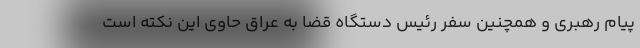
پیام رهبری و همچنین سفر رئیس دستگاه قضا به عراق حاوی این نکته است